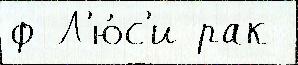
ф Л'ю́с'и рак